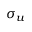
\sigma _ { u }